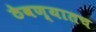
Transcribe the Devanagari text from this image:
ठेवण्यातच